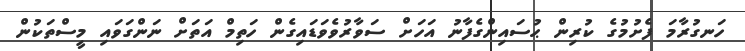
ހަނގުރާމަ ފެށުމުގެ ކުރިން ޙުސައިންގެފާނު އަހަށް ސަވާރުވެވަޑައިގެން ހަތިމް އަތަށް ނަންގަވައި މީސްތަކުން